Vaccine operations Central Provinces 1900-1911 - 1900-1911
Year: 1900
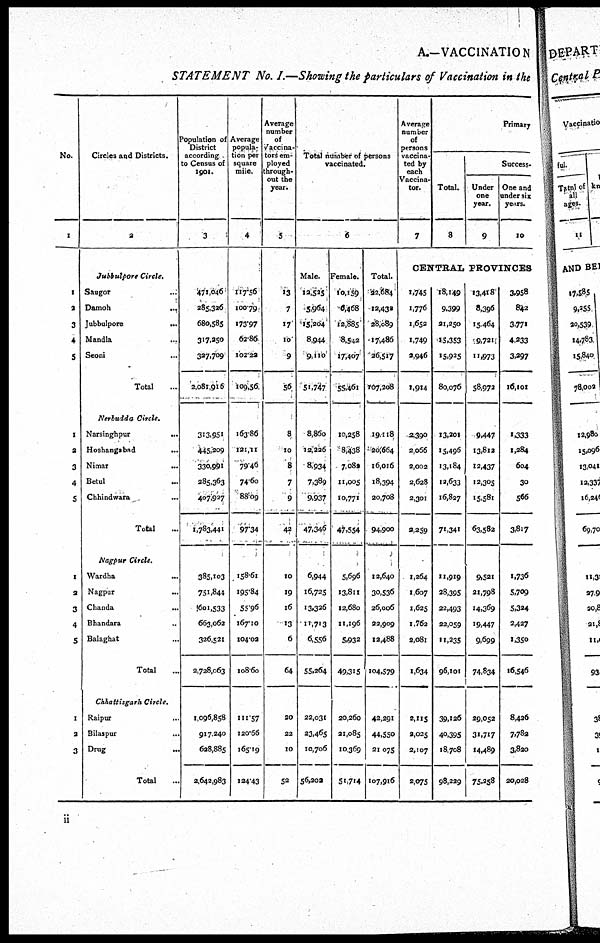
A.—VACCINATION
STATEMENT No. I.—Showing the particulars of Vaccination in the
No.
1
1
2
3
4
5
1
2
3
4
5
1
2
3
4
5
1
2
3
Circles and Districts.
2
Jubbulpore
Circle.
Saugor ...
Damoh
...
Jubbulpore
...
Mandla ...
Seoni ...
Total
Nerbudda
Circle.
Narsinghpur
...
Hoshangabad ...
Nimar
...
Betul
...
Chhindwara
...
Total
Nagpur Circle.
Wardha
...
Nagpur
...
Chanda
...
Bhandara ...
Balaghat ...
Total ...
Chhattisgarh
Circle.
Raipur ...
Bilaspur ...
Drug
...
Total ...
Population of
District
according
to Census of
1901.
3
471,046
285,326
680,585
317,250
327,709
2,081,916
313,951
445,209
330,991
285,363
407,927
1,783,441
385,103
751,844
601,533
663,062
326,521
2,728,063
1,096,858
917,240
628,885
2,642,983
Average
popula-
tion per
square
mile.
4
117.56
100.79
173.97
62.86
102.22
109,56
163.86
121,11
79.46
74.60
88.09
97.34
158.61
195.84
55.96
167.10
104.02
108.60
111.57
120.66
165.19
124.43
Average
number
of
Vaccina-
tors em-
ployed
through-
out the
year.
5
13
7
17
10
9
56
8
10
8
7
9
42
10
19
16
13
6
64
20
22
10
52
Total number of persons
vaccinated.
6
Male.
12,525
5,964
15,204
8,944
9,110
51,747
8,860
12,226
8,934
7,389
9,937
47,346
6,944
16,725
13,326
11,713
6,556
55,264
22,031
23,465
10,706
56,202
Female.
10,159
6,468
12,885
8,542
17,407
55,461
10,358
8,438
7,082
11,005
10,771
47,554
5,696
13,811
12,680
11,196
5,932
49,315
20,260
21,085
10,369
51,714
Total.
22,684
12,432
28,089
17,486
26,517
107,208
19,118
20,664
16,016
18,394
20,708
94,900
12,640
30,536
26,006
22,909
12,488
104,579
42,291
44,550
21,075
107,916
Average
number
of
persons
vaccina-
ted by
each
Vaccina-
tor.
7
Primary
Total.
8
Success¬
Under
one
year.
9
One and
under six
years.
10
CENTRAL PROVINCES
1,745
1,776
1,652
1,749
2,946
1,914
2,390
2,066
2,002
2,628
2,301
2,259
1,264
1,607
1,625
1,762
2,081
1,634
2,115
2,025
2,107
2,075
18,149
9,399
21,250
15,353
15,925
80,076
13,201
15,496
13,184
12,633
16,827
71,341
11,919
28,395
22,493
22,059
11,235
96,101
39,126
40,395
18,708
98,229
13,418
8,396
15,464
9,721
11,973
58,972
9,447
13,812
12,437
12,305
15,581
63,582
9,521
21,798
14,369
19,447
9,699
74,834
29,052
31,717
14,489
75,258
3,958
842
3,771
4,233
3,297
16,101
1,333
1,284
604
30
566
3,817
1,736
5,709
5,324
2,427
1,350
16,546
8,426
7,782
3,830
30,028
ii